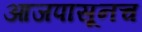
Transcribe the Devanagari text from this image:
आजपासूनच